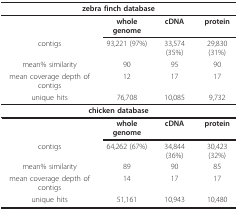
| <COLSPAN=4> zebra finch database |
 | --- | --- | --- | --- |
 |  | whole genome | cDNA | protein |
 | contigs | 93,221 (97%) | 33,574 (35%) | 29,830 (31%) |
 | mean% similarity | 90 | 95 | 90 |
 | mean coverage depth of contigs | 12 | 17 | 17 |
 | unique hits | 76,708 | 10,085 | 9,732 |
 | <COLSPAN=4> chicken database |
 |  | whole genome | cDNA | protein |
 | contigs | 64,262 (67%) | 34,844 (36%) | 30,423 (32%) |
 | mean% similarity | 89 | 90 | 85 |
 | mean coverage depth of contigs | 14 | 17 | 17 |
 | unique hits | 51,161 | 10,943 | 10,480 |